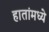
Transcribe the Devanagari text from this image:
हातांमध्ये